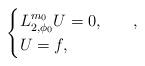
LaTeX: \begin{align*}\begin{cases}L_{2,\phi_0}^{m_0} U = 0, & \quad, \\U = f, & \quad\end{cases}\end{align*}